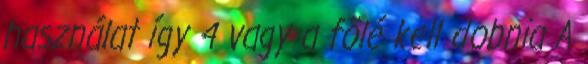
használat így 4 vagy a fölé kell dobnia A